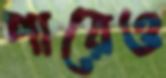
পারেও